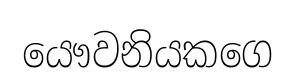
යෞවනියකගෙ